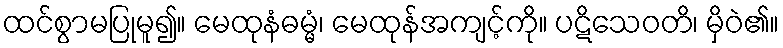
ထင်စွာမပြုမူ၍။ မေထုနံဓမ္မံ၊ မေထုန်အကျင့်ကို။ ပဋိသေဝတိ၊ မှိဝဲ၏။